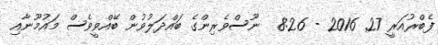
ފެބްރުއަރީ 27